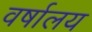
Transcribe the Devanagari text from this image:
वर्षालय